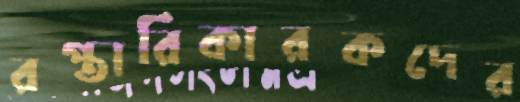
রপ্তারিকারকদের